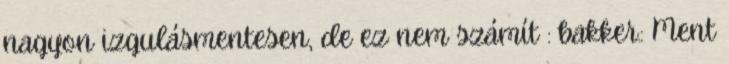
nagyon izgulásmentesen, de ez nem számít : bakker.: Ment